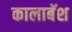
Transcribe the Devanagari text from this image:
कालाबॅश